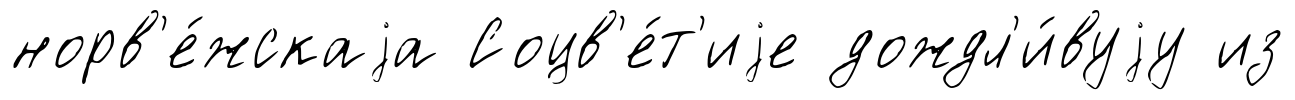
норв'е́жскаjа Соцв'е́т'иjе дождл'и́вуjу из